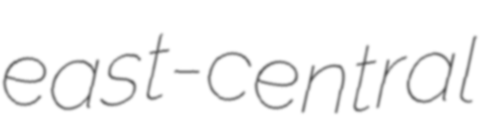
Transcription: east-central